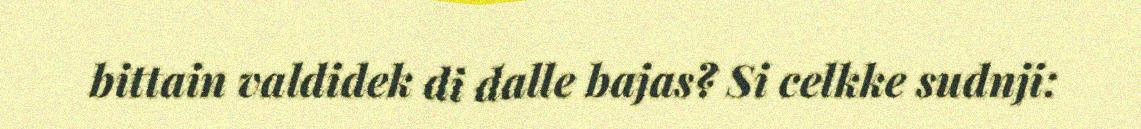
bittain valdidek di dalle bajas? Si celkke sudnji: